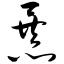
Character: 暴